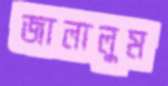
জালালুম